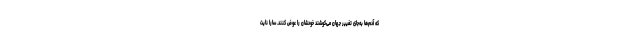
که آدم‌ها به‌جای تغییر جهان می‌کوشند خودشان را عوض کنند. سارا نایت